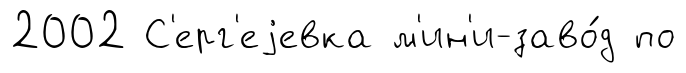
2002 С'ерг'еjевка м'ин'и-заво́д по